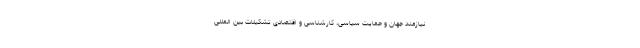
نیازمند جهان و حمایت سیاسی، کارشناسی و اقتصادی تشکیلات بین المللی